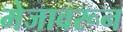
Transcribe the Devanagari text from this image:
मेजावरून